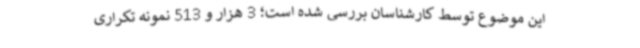
این موضوع توسط کارشناسان بررسی شده است؛ 3 هزار و 513 نمونه تکراری